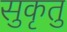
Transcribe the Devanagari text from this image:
सुकृतु